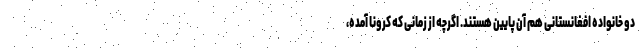
دو خانواده افغانستانی هم آن پایین هستند. اگرچه از زمانی که کرونا آمده،